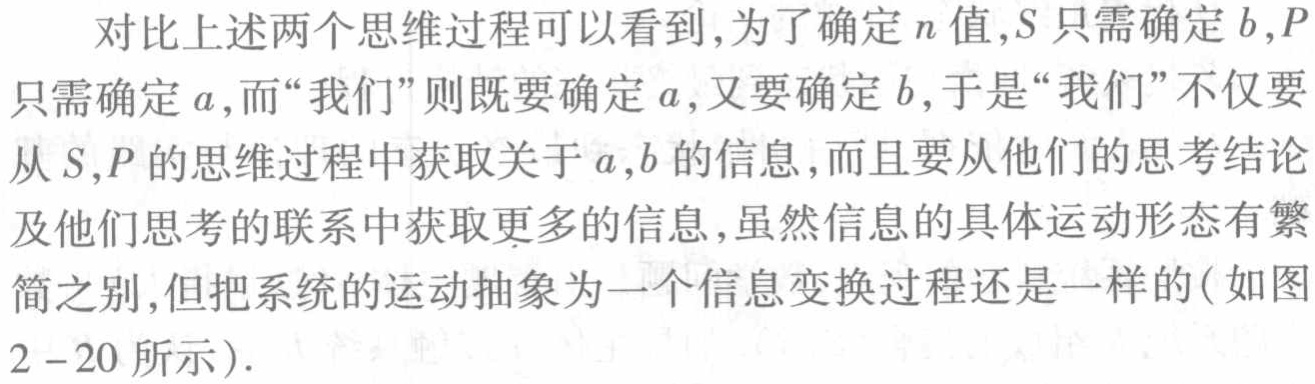
对比上述两个思维过程可以看到,为了确定\(n\)值,\(S\)只需确定\(b\),\(P\)只需确定\(a\),而“我们”则既要确定\(a\),又要确定\(b\),于是“我们”不仅要从\(S,P\)的思维过程中获取关于\(a,b\)的信息,而且要从他们的思考结论及他们思考的联系中获取更多的信息,虽然信息的具体运动形态有繁简之别,但把系统的运动抽象为一个信息变换过程还是一样的(如图2 - 20所示).